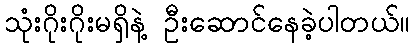
သုံးဂိုးဂိုးမရှိနဲ့ ဦးဆောင်နေခဲ့ပါတယ်။